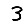
Digit: 3